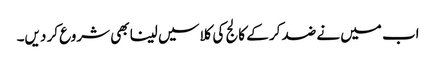
اب میں نے ضد کر کے کالج کی کلاسیں لینا بھی شروع کر دیں۔